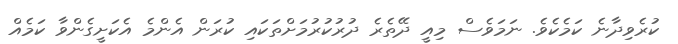
ކުރެވިދާނެ ކަމެކެވެ. ނަމަވެސް މިއީ ދޭތެރެ ދުރުކުރުމަށްތަކައި ކުރަން އެންމެ އެކަށީގެންވާ ކަމެއް